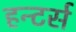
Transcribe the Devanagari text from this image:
हन्टर्स